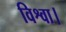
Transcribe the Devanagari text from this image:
विश्वा।